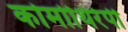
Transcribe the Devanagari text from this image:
कोमोथिरेपी